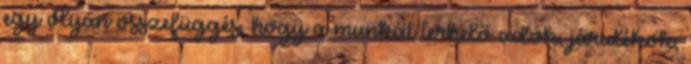
egy olyan összefüggés, hogy a munkát terhelő adók, járulékok,